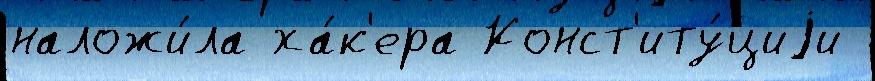
наложи́ла ха́к'ера Конст'иту́циjи